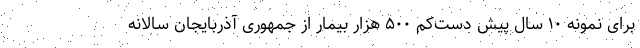
برای نمونه ۱۰ سال پیش دست‌کم ۵۰۰ هزار بیمار از جمهوری آذربایجان سالانه